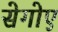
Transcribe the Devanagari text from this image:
सेगोए